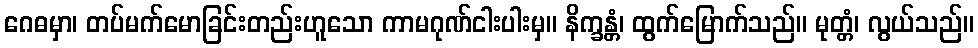
ဂေဓမှာ၊ တပ်မက်မောခြင်းတည်းဟူသော ကာမဂုဏ်ငါးပါးမှ။ နိက္ခန္တံ၊ ထွက်မြောက်သည်။ မုတ္တံ၊ လွယ်သည်။